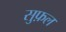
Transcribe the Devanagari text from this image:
सुफ़ल